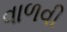
વાળવી